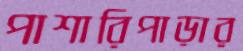
পাশারিপাড়ার